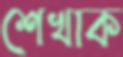
শেখাক